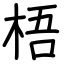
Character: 梧